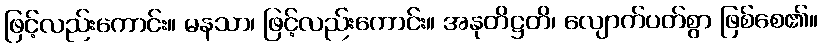
ဖြင့်လည်းကောင်း။ မနသာ၊ ဖြင့်လည်းကောင်း။ အနုတိဋ္ဌတိ၊ လျောက်ပတ်စွာ ဖြစ်စေ၏။